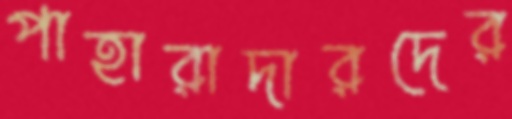
পাহারাদারদের